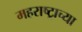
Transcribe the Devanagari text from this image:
महराष्ट्राच्या